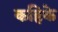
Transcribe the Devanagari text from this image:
कहिके